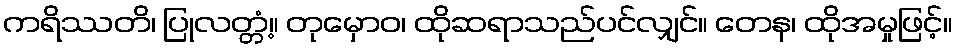
ကရိဿတိ၊ ပြုလတ္တံ့။ တုမှောဝ၊ ထိုဆရာသည်ပင်လျှင်။ တေန၊ ထိုအမှုဖြင့်။